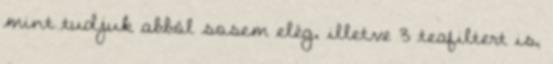
mint tudjuk abból sosem elég, illetve 3 teafiltert is,